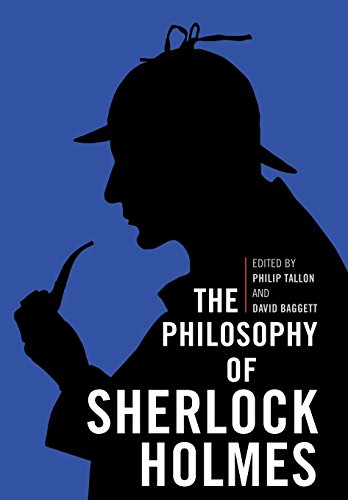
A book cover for The Philosophy of Sherlock Holmes (Philosophy Of Popular Culture); Mystery, Thriller & Suspense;